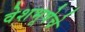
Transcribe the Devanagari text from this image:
वेशभूषेचे